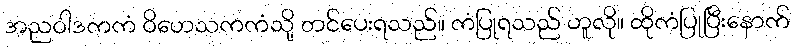
အညဝါဒကကံ ဝိဟေသကကံသို့ တင်ပေးရသည်။ ကံပြုရသည် ဟူလို။ ထိုကံပြုပြီးနောက်